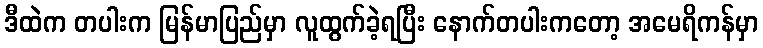
ဒီထဲက တပါးက မြန်မာပြည်မှာ လူထွက်ခဲ့ရပြီး နောက်တပါးကတော့ အမေရိကန်မှာ